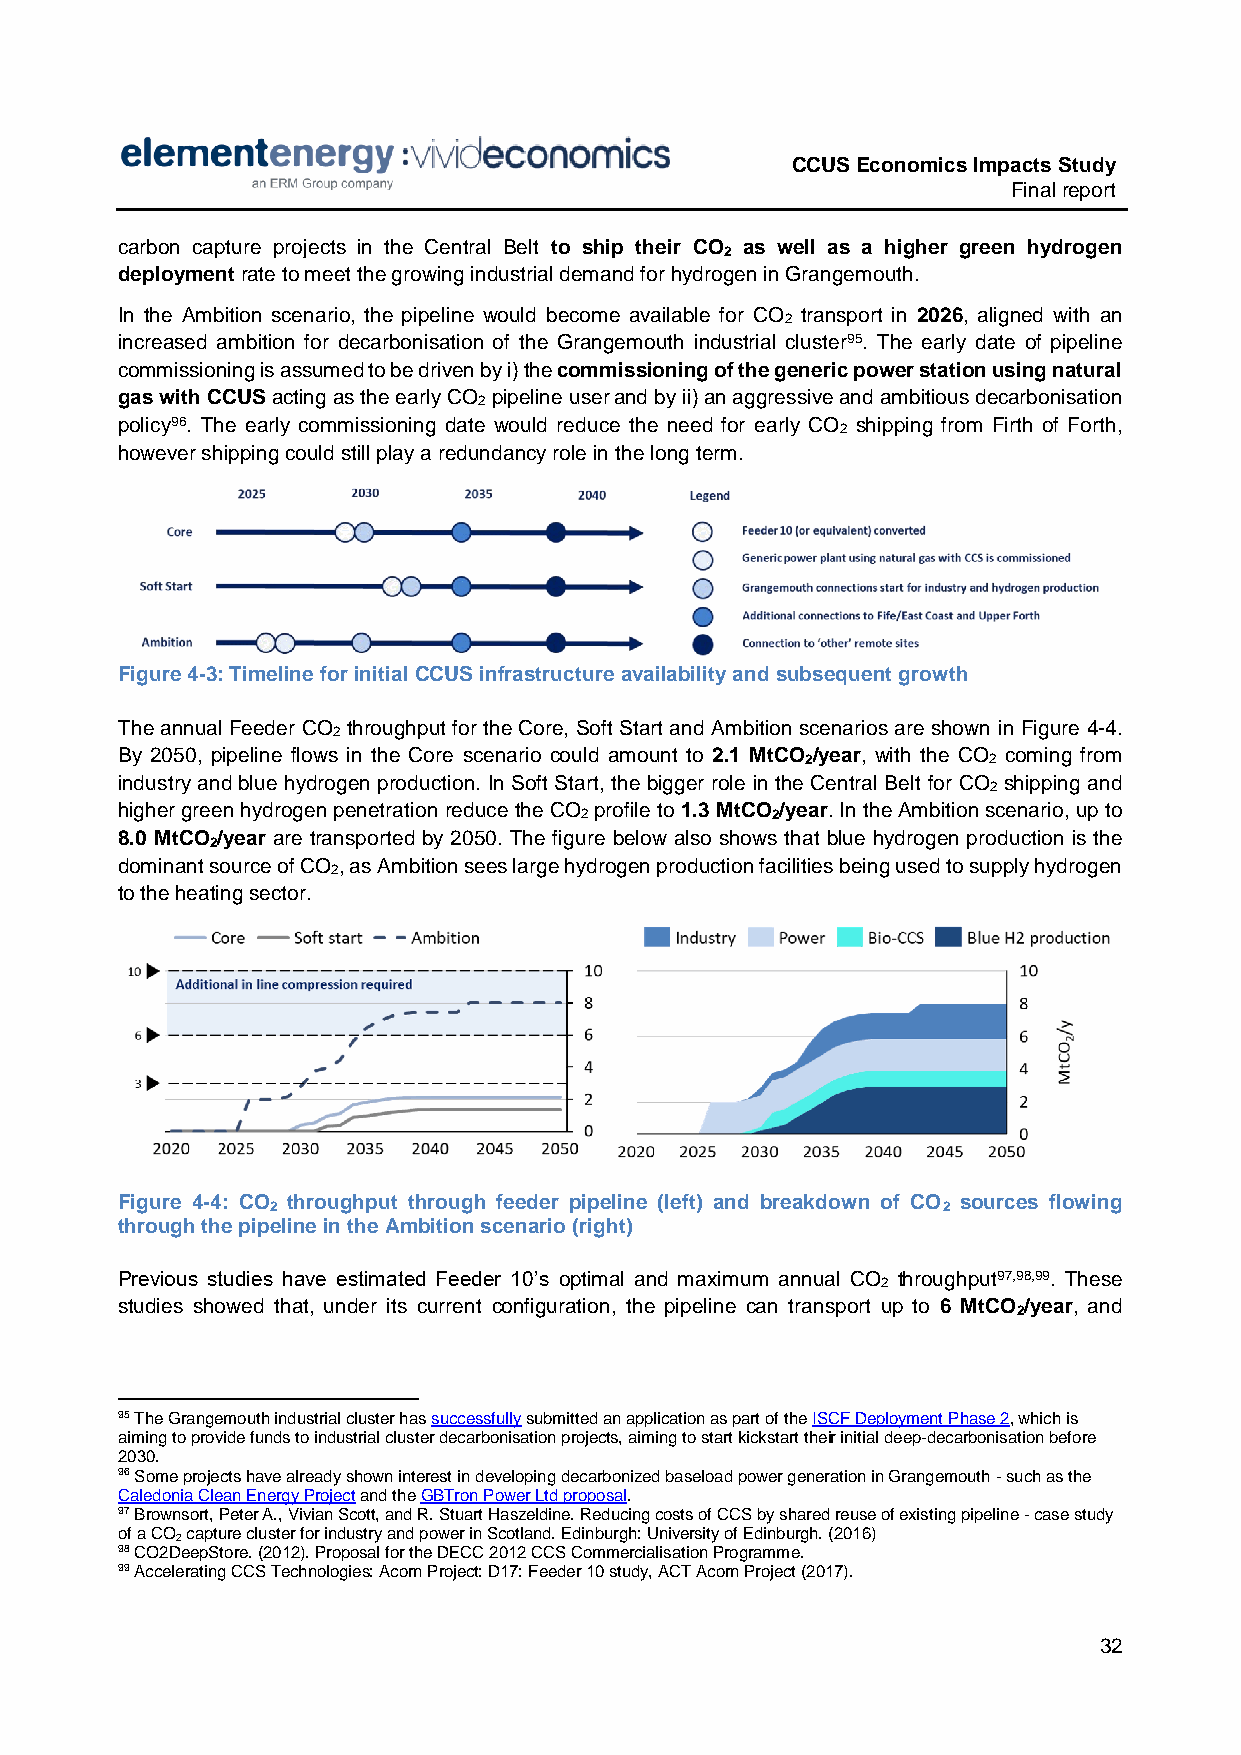
CCUS Economics Impacts Study
 Final report
 carbon capture projects in the Central Belt to ship their CO as well as a higher green hydrogen
 2
 deployment rate to meet the growing industrial demand for hydrogen in Grangemouth.
 In the Ambition scenario, the pipeline would become available for CO transport in 2026, aligned with an
 2
 increased ambition for decarbonisation of the Grangemouth industrial cluster95. The early date of pipeline
 commissioning is assumed to be driven by i) the commissioning of the generic power station using natural
 gas with CCUS acting as the early CO pipeline user and by ii) an aggressive and ambitious decarbonisation
 2
 policy96. The early commissioning date would reduce the need for early CO shipping from Firth of Forth,
 2
 however shipping could still play a redundancy role in the long term.
 Figure 4-3: Timeline for initial CCUS infrastructure availability and subsequent growth
 The annual Feeder CO throughput for the Core, Soft Start and Ambition scenarios are shown in Figure 4-4.
 2
 By 2050, pipeline flows in the Core scenario could amount to 2.1 MtCO /year, with the CO coming from
 2           2
 industry and blue hydrogen production. In Soft Start, the bigger role in the Central Belt for CO shipping and
 2
 higher green hydrogen penetration reduce the CO profile to 1.3 MtCO /year. In the Ambition scenario, up to
 2            2
 8.0 MtCO /year are transported by 2050. The figure below also shows that blue hydrogen production is the
 2
 dominant source of CO , as Ambition sees large hydrogen production facilities being used to supply hydrogen
 2
 to the heating sector.
 Figure 4-4: CO throughput through feeder pipeline (left) and breakdown of CO sources flowing
 2                                           2
 through the pipeline in the Ambition scenario (right)
 Previous studies have estimated Feeder 10’s optimal and maximum annual CO throughput97,98,99. These
 2
 studies showed that, under its current configuration, the pipeline can transport up to 6 MtCO /year, and
 2
 95 The Grangemouth industrial cluster has successfully submitted an application as part of the ISCF Deployment Phase 2, which is
 aiming to provide funds to industrial cluster decarbonisation projects, aiming to start kickstart their initial deep-decarbonisation before
 2030.
 96 Some projects have already shown interest in developing decarbonized baseload power generation in Grangemouth - such as the
 Caledonia Clean Energy Project and the GBTron Power Ltd proposal.
 97 Brownsort, Peter A., Vivian Scott, and R. Stuart Haszeldine. Reducing costs of CCS by shared reuse of existing pipeline - case study
 of a CO capture cluster for industry and power in Scotland. Edinburgh: University of Edinburgh. (2016)
 2
 98 CO2DeepStore. (2012). Proposal for the DECC 2012 CCS Commercialisation Programme.
 99 Accelerating CCS Technologies: Acorn Project: D17: Feeder 10 study, ACT Acorn Project (2017).
 32